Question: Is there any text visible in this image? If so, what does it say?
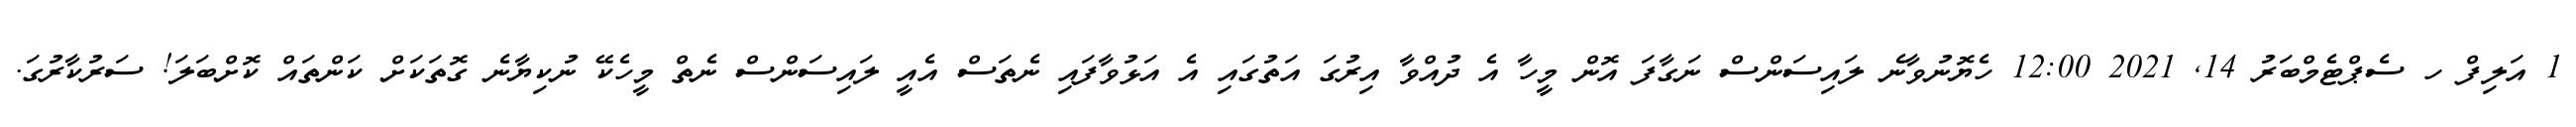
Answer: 1 އަލިފް ހ ސެޕްޓެމްބަރު 14, 2021 12:00 ހެޔޮނުވާނެ ލައިސަންސް ނަގާފަ އޮން މީހާ އެ ދުއްވާ އިރުގަ އަތުގައި އެ އަޅުވާފައި ނެތަސް އެއީ ލައިސަންސް ނެތް މީހެކޭ ނުކިޔާނެ ގޮތަކަށް ކަންތައް ކޮށްބަލަ! ސަރުކާރުގަ.